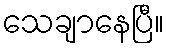
သေချာနေပြီ။